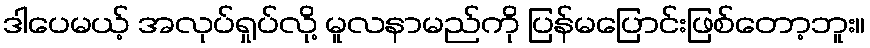
ဒါပေမယ့် အလုပ်ရှုပ်လို့ မူလနာမည်ကို ပြန်မပြောင်းဖြစ်တော့ဘူး။